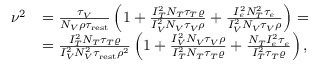
\begin{array} { r l } { \nu ^ { 2 } } & { = \frac { \tau _ { V } } { N _ { V } \rho \tau _ { \mathrm { r e s t } } } \left( 1 + \frac { I _ { T } ^ { 2 } N _ { T } \tau _ { T } \varrho } { I _ { V } ^ { 2 } N _ { V } \tau _ { V } \rho } + \frac { I _ { e } ^ { 2 } N _ { T } ^ { 2 } \tau _ { e } } { I _ { V } ^ { 2 } N _ { V } \tau _ { V } \rho } \right) = } \\ & { = \frac { I _ { T } ^ { 2 } N _ { T } \tau _ { T } \varrho } { I _ { V } ^ { 2 } N _ { V } ^ { 2 } \tau _ { \mathrm { r e s t } } \rho ^ { 2 } } \left( 1 + \frac { I _ { V } ^ { 2 } N _ { V } \tau _ { V } \rho } { I _ { T } ^ { 2 } N _ { T } \tau _ { T } \varrho } + \frac { N _ { T } I _ { e } ^ { 2 } \tau _ { e } } { I _ { T } ^ { 2 } \tau _ { T } \varrho } \right) , } \end{array}